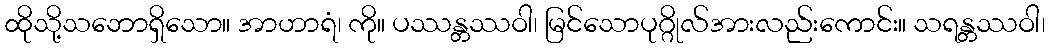
ထိုသို့သဘောရှိသော။ အာဟာရံ၊ ကို။ ပဿန္တဿဝါ၊ မြင်သောပုဂ္ဂိုလ်အားလည်းကောင်း။ သရန္တဿဝါ၊